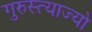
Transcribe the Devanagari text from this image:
गुरुस्त्याज्यो